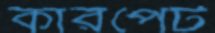
কারপেট